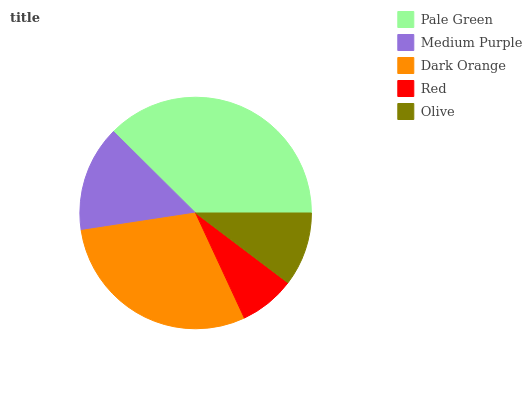
| Pale Green | Medium Purple | Dark Orange | Red | Olive |
 | --- | --- | --- | --- | --- |
 | 37.6% | 14.8% | 29.5% | 7.79% | 10.3% |